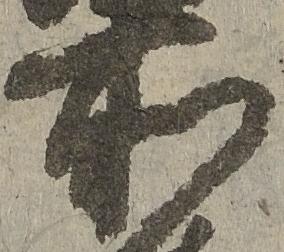
所